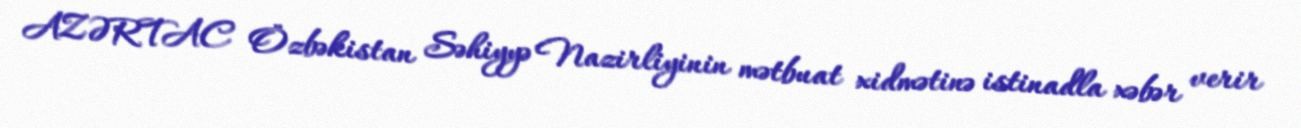
AZƏRTAC Özbəkistan Səhiyyə Nazirliyinin mətbuat xidmətinə istinadla xəbər verir